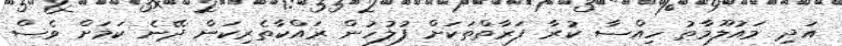
އަދި މައުލޫމާތު ހިއްސާ ކުރާ ފަރާތްތަކަށް ފުލުހުން ރައްކާތެރިކަން ދޭނެ ކަމަށް ވެސް